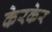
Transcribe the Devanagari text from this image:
केरकेर